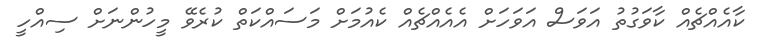
ކާއެއްޗެއް ކާވަގުތު އަވަސް އަވަހަށް އެއެއްޗެއް ކެއުމަށް މަސައްކަތް ކުރެވޭ މީހުންނަށް ސިއްހީ